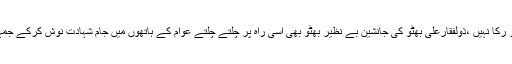
اصولوں اور عوامی حقوق کیلئے شہادتوں کا سفر رکا نہیں ،ذولفقارعلی بھٹو کی جانشین بے نظیر بھٹو بھی اسی راہ پر چلتے چلتے عوام کے ہاتھوں میں جام شہادت نوش کرکے جمہوریت سیاست اور فلسفہ بھٹوپھر زندہ کر گئیں ۔